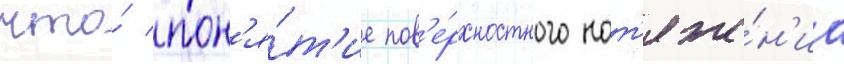
что́ пон'я́т'ие пов'е́рхностного нат'яже́н'иа